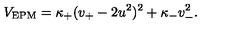
V _ { \mathrm { E P M } } = \kappa _ { + } ( v _ { + } - 2 u ^ { 2 } ) ^ { 2 } + \kappa _ { - } v _ { - } ^ { 2 } .